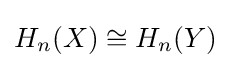
H_{n}(X)\cong H_{n}(Y)